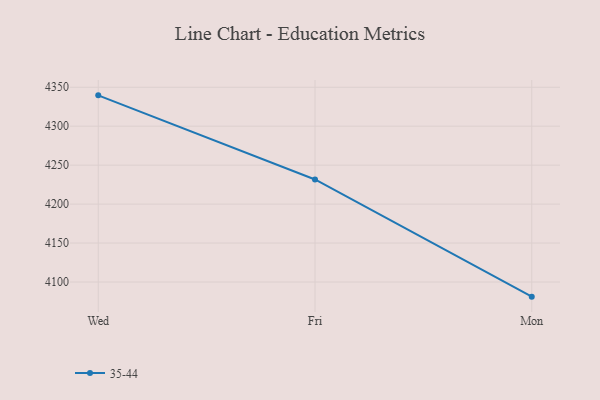
{"axis": {"x": "Day", "y": "Humidity (%)"}, "legend": ["35-44"], "data": [{"x": "Wed", "y": 4339.6, "type": "35-44"}, {"x": "Fri", "y": 4231.6, "type": "35-44"}, {"x": "Mon", "y": 4081.2, "type": "35-44"}]}